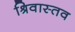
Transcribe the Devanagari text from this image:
श्रिवास्तव